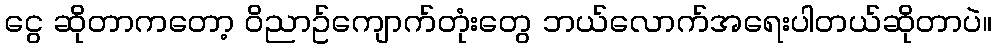
ငွေ ဆိုတာကတော့ ဝိညာဥ်ကျောက်တုံးတွေ ဘယ်လောက်အရေးပါတယ်ဆိုတာပဲ။